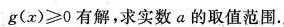
g ( x ) ≥ 0$$有解，求实数a的取值范围。